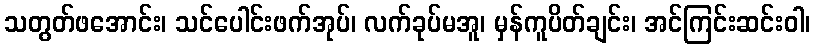
သတွတ်ဖအောင်း၊ သင်ပေါင်းဖက်အုပ်၊ လက်ခုပ်မအူ၊ မှန်ကူပိတ်ချင်း၊ အင်ကြင်းဆင်းဝါ၊